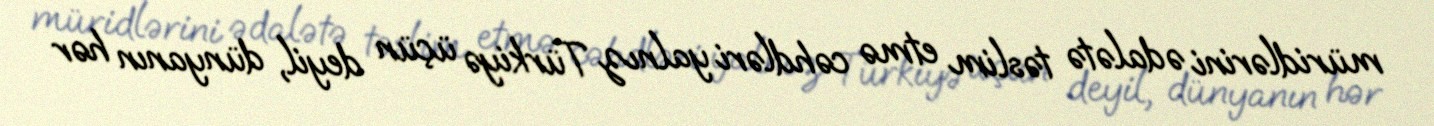
müridlərini ədalətə təslim etmə cəhdləri yalnız Türkiyə üçün deyil, dünyanın hər